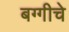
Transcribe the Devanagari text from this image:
बग्गीचे